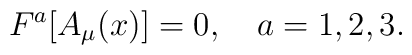
F^{a}[A_{\mu}(x)]=0,\quad{a}=1,2,3.